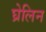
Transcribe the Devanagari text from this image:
घ्रेलिन